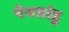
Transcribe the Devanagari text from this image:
पेयसांडु